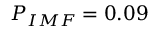
P _ { I M F } = 0 . 0 9